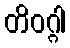
တိဝဂ္ဂါ